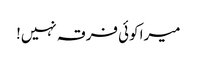
میرا کوئی فرقہ نہیں!